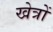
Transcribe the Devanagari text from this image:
खेत्रों